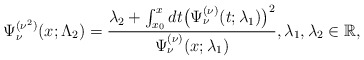
\begin{gather*} \Psi _{\nu }^{( \nu ^{2}) }(x;\Lambda _{2})=\frac{\lambda _{2}+\int_{x_{0}}^{x}dt\big( \Psi _{\nu }^{(\nu) }(t;\lambda _{1})\big) ^{2}}{\Psi _{\nu }^{(\nu) }(x;\lambda _{1})}, \lambda _{1},\lambda _{2}\in \mathbb{R},\end{gather*}